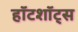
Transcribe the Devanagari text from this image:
हॉटशॉट्स